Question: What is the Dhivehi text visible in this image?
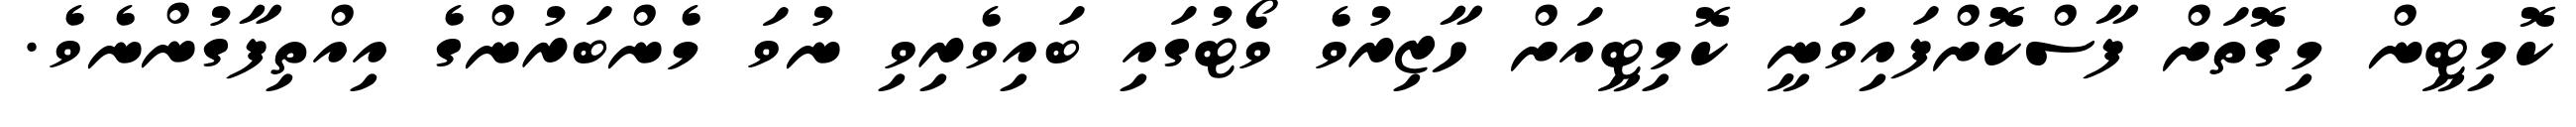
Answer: ކޮމިޓީން މިގޮތަށް ފާސްކޮށްފައިވަނީ ކޮމިޓީއަށް ހާޒިރުވެ ވޯޓުގައި ބައިވެރިވި ނުވަ މެންބަރުންގެ އިއްތިފާގުންނެވެ.